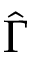
\hat { \Gamma }